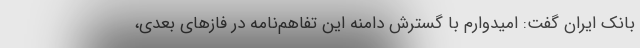
بانک ایران گفت: امیدوارم با گسترش دامنه این تفاهم‌نامه در فازهای بعدی،